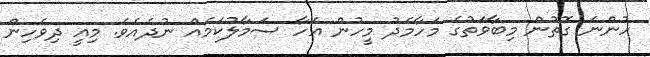
ހުންނަ ގޮތުން މިބާވަތުގެ މަހާމެދު މީހުން އެހާ ސަމާލުކަމެއް ނުދެއެވެ. މިއީ ދިވެހިން